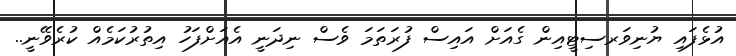
އުޅެފައި ޔުނިވަރސިޓީއިން ގެއަށް އައިސް ފުރަތަމަ ވެސް ނިދަނީ އެއަށްފަހު އިތުރުކަމެއް ކުރެވޭނީ..